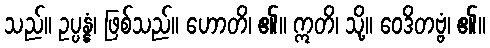
သည်။ ဥပ္ပန္နံ၊ ဖြစ်သည်။ ဟောတိ၊ ၏။ ဣတိ၊ သို့။ ဝေဒိတဗ္ဗံ၊ ၏။